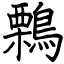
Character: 鷅